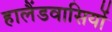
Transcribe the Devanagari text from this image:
हालैंडवासियों